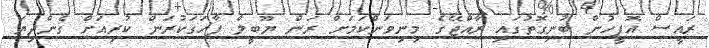
ރައީސް އޮފީހުން ބުނިގޮތުގައި ރާއްޖޭގެ މިނިވަންކަމަށް ރަން ޔޫބީލް ފާހަގަކުރަން ކުރިއަށް ގެންދިޔަ